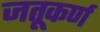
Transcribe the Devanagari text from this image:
जतूकर्ण